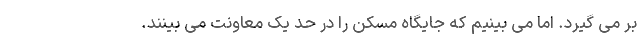
بر می گیرد. اما می بینیم که جایگاه مسکن را در حد یک معاونت می بینند.